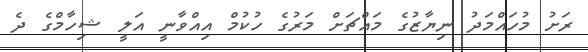
ރަށު މުހައްމަދު ނިޔާޒުގެ މައްޗަށް މަރުގެ ހުކުމް އިއްވާނީ އަލީ ޝިހާމްގެ ދެ